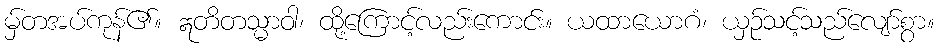
မှ်တအပ်ကုန်၏။ ဣတိတသ္မာဝါ၊ ထို့ကြောင့်လည်းကောင်း။ ယထာယောဂံ၊ ယှဉ်သင့်သည်လျော်စွာ။